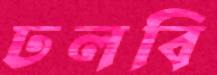
ঢলবি